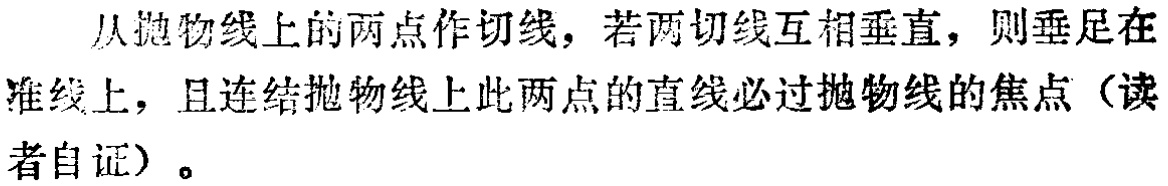
从抛物线上的两点作切线，若两切线互相垂直，则垂足在准线上，且连结抛物线上此两点的直线必过抛物线的焦点（读者自证）。